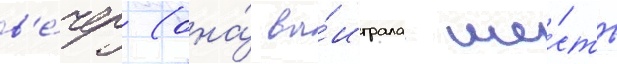
в'е́чер (она́ вы́играла ше́сть